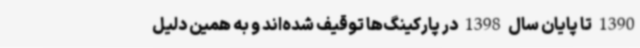
1390 تا پایان سال 1398 در پارکینگ‌ها توقیف شده‌اند و به همین دلیل